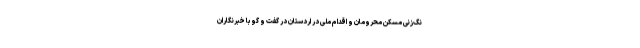
نگ‌زنی مسکن محرومان و اقدام ملی در اردستان در گفت و گو با خبرنگاران